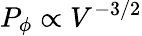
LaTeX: P_{\phi}\propto V^{-3/2}